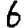
Digit: 6